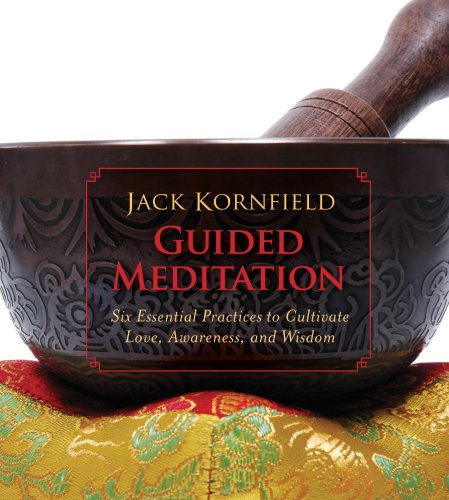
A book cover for Guided Meditation: Six Essential Practices to Cultivate Love, Awareness, and Wisdom; Jack Kornfield; Religion & Spirituality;